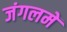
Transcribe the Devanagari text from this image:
जंगलमें